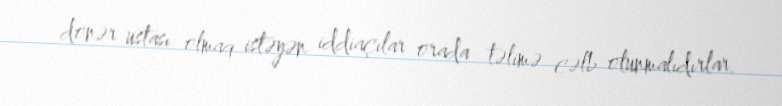
dönər ustası olmaq istəyən iddiaçılar orada təlimə cəlb olunmalıdırlar.